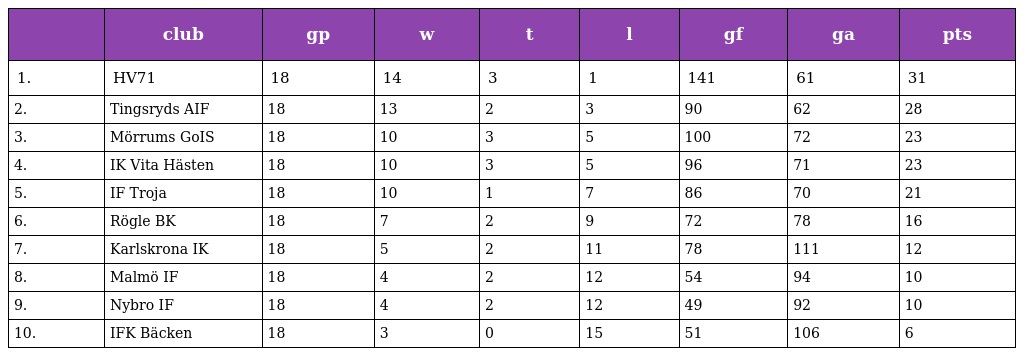
|  | club | gp | w | t | l | gf | ga | pts |
 | --- | --- | --- | --- | --- | --- | --- | --- | --- |
 | 1. | HV71 | 18 | 14 | 3 | 1 | 141 | 61 | 31 |
 | 2. | Tingsryds AIF | 18 | 13 | 2 | 3 | 90 | 62 | 28 |
 | 3. | Mörrums GoIS | 18 | 10 | 3 | 5 | 100 | 72 | 23 |
 | 4. | IK Vita Hästen | 18 | 10 | 3 | 5 | 96 | 71 | 23 |
 | 5. | IF Troja | 18 | 10 | 1 | 7 | 86 | 70 | 21 |
 | 6. | Rögle BK | 18 | 7 | 2 | 9 | 72 | 78 | 16 |
 | 7. | Karlskrona IK | 18 | 5 | 2 | 11 | 78 | 111 | 12 |
 | 8. | Malmö IF | 18 | 4 | 2 | 12 | 54 | 94 | 10 |
 | 9. | Nybro IF | 18 | 4 | 2 | 12 | 49 | 92 | 10 |
 | 10. | IFK Bäcken | 18 | 3 | 0 | 15 | 51 | 106 | 6 |